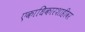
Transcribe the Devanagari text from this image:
एकाधिकारशाहीवर